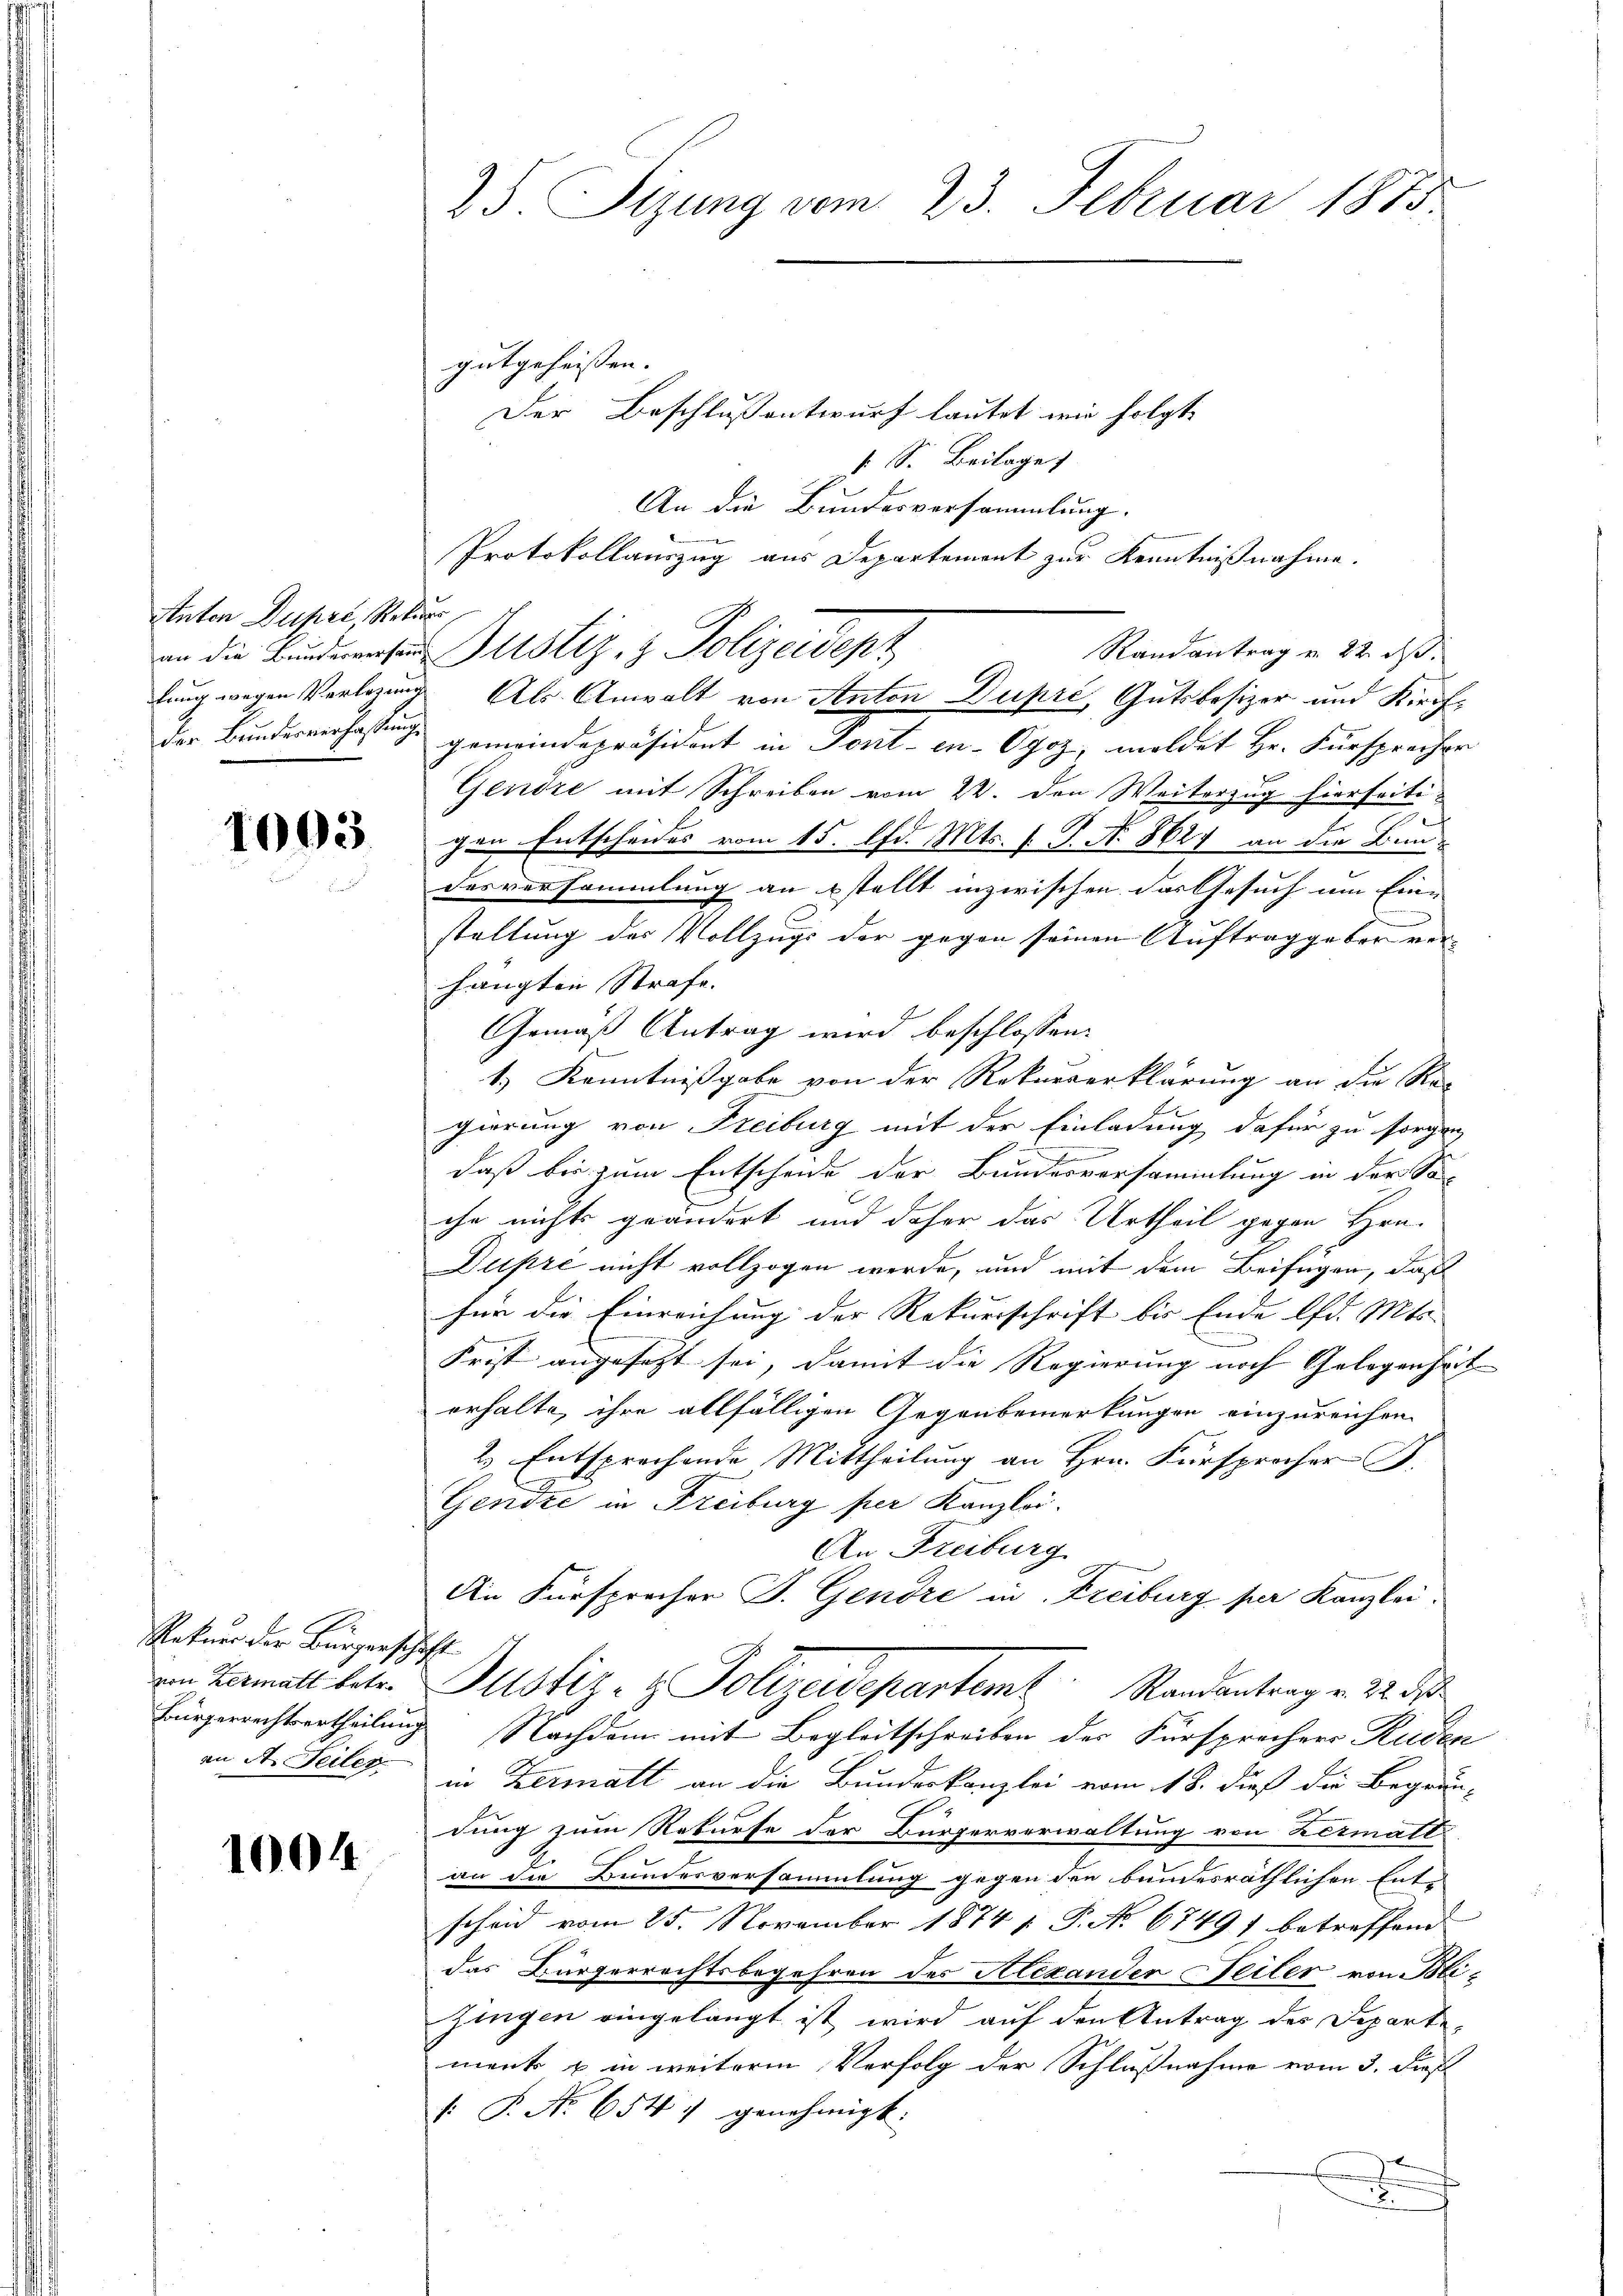
Anton Dupre, Rekurr

1003.

Reter der Bürgerschaft
an A. Teiler

10044

25. Sizung vom 23. Februar 1885.

gutgeheissen. |

Der Beschlussentwurf lautet wie folgt
k S. Beilage)
an die Bunderenten Justiz- & Polizeidept
der Bundesverfassung gemeindepräsident in Fort- en-Ogoz, meldet Hr. Fürsprecher
Gendre mit Schreiben vom 22. den Weiterzug hierseiti-
gen Entscheides vom 15. d. Mts. f. P. Nr. 8627 an die Bun-
desversammlung an stellt inzwischen das Gesuch um Eine
staltung der Vollzugs der gegen seinen Auftrag geber verhängten Strafe.
Gemäß Antrag wird beschlossen:
1.) Kenntnißgabe von der Rekurserklärung an die Re-
gierung von Freiburg mit der Einladung dafür zu sorgen
daß bis zum Entscheide der Bundesversammlung in der Sa-
che nichts geändert und daher das Urtheil gegen Hrn.
Dupré nicht vollzogen werde, und mit dem Beifügen, daß
für die Einreichung der Rekursschrift bis Ende lfd. Mts.
Frist angesetzt sei, damit die Regierung noch Gelegenheit
erhalte, ihre allfälligen Gegenbemerkungen einzureichen.
2. Entsprechende Mittheilung an Hrn. Fürsprocher B.
Gendre in Freiburg per Kanzlei.
An Freiburg
An Fürsprecher J. Gendre in Freiburg per Kanzlei.
von Hermalt betr. Justiz- & Polizeidepartem Randantrag v. 22. de
Bürgerrechtsertheilung Nachdem mit Begleitschreiben der Fürsprechers Ruden
in Zermatt an die Bundeskanzlei vom 18. dieß die Begrün-
dung zum Rekurse der Bürgerverwaltung von Hermall
an die Bundesversammlung gegen den bundesräthlichen Entscheid vom 25. November 1874 1. P. No 67491 betreffend
das Bürgerrechtsbegehren des Alexander Teiler von Blizingen eingelangt ist wird auf den Antrag des Departe,
ment u in weitere Verfolg der Schlußnahme vom 3. Dies
 P. Nr. 6547 genehmigt.
e
u

An die Bundesversammlung.
Protokollauszug aus Departement zur Kenntnißnahme.
Randantrag u. 22. ds.
lung wegen Verlegung Als Anwalt von Anton Dupré, Gutsbesizer und Kirch¬